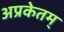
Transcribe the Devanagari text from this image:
अप्रकेतम्